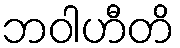
ဘဝါဟီတိ